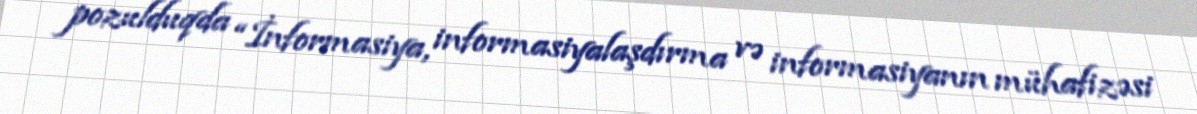
pozulduqda “İnformasiya, informasiyalaşdırma və informasiyanın mühafizəsi